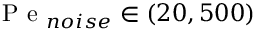
\mathrm { ~ P ~ e ~ } _ { n o i s e } \in ( 2 0 , 5 0 0 )